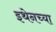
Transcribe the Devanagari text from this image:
इथेनच्या